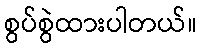
စွပ်စွဲထားပါတယ်။